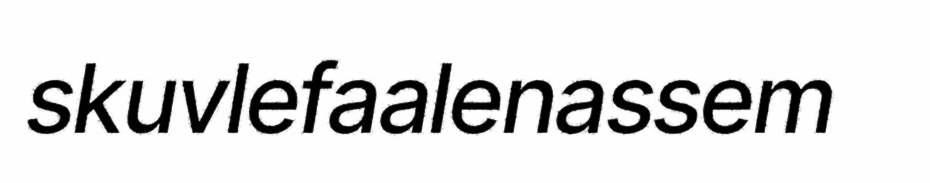
skuvlefaalenassem